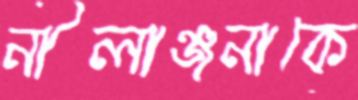
নীলাঞ্জনাকে